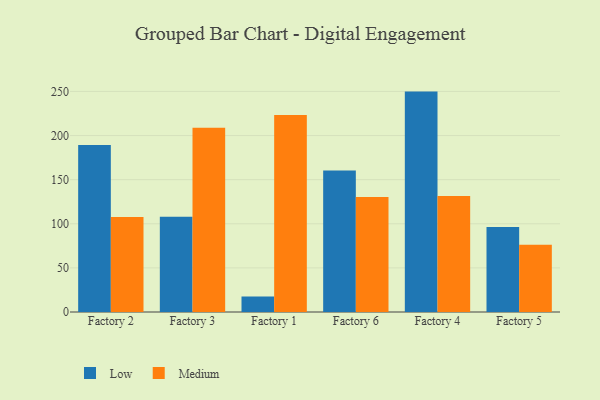
{"axis": {"x": "Factory", "y": "Temperature (°C)"}, "legend": ["Low", "Medium"], "data": [{"x": "Factory 2", "y": 189.2, "type": "Low"}, {"x": "Factory 2", "y": 107.8, "type": "Medium"}, {"x": "Factory 3", "y": 107.9, "type": "Low"}, {"x": "Factory 3", "y": 208.8, "type": "Medium"}, {"x": "Factory 1", "y": 17.7, "type": "Low"}, {"x": "Factory 1", "y": 223.3, "type": "Medium"}, {"x": "Factory 6", "y": 160.5, "type": "Low"}, {"x": "Factory 6", "y": 130.4, "type": "Medium"}, {"x": "Factory 4", "y": 249.8, "type": "Low"}, {"x": "Factory 4", "y": 131.4, "type": "Medium"}, {"x": "Factory 5", "y": 96.2, "type": "Low"}, {"x": "Factory 5", "y": 76.3, "type": "Medium"}]}